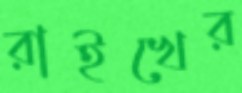
রাইখের